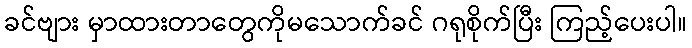
ခင်ဗျား မှာထားတာတွေကိုမသောက်ခင် ဂရုစိုက်ပြီး ကြည့်ပေးပါ။